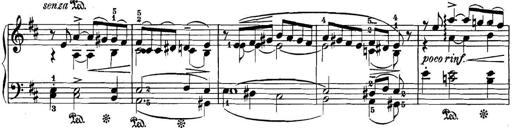
Title: 3 Sonatinas
Composer: Carl Reinecke